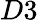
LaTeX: D3